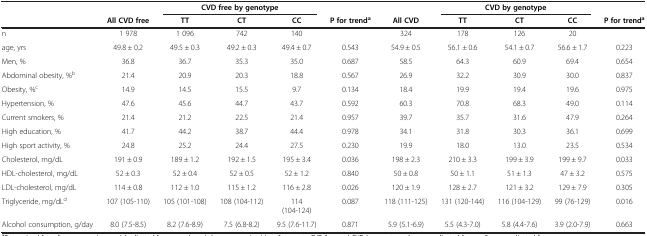
<table><thead><tr><td><b> </b></td><td><b> </b></td><td colspan="3"><b>CVD free by genotype</b></td><td><b> </b></td><td><b> </b></td><td colspan="3"><b>CVD by genotype</b></td><td><b> </b></td></tr><tr><td><b> </b></td><td><b>All CVD free</b></td><td><b>TT</b></td><td><b>CT</b></td><td><b>CC</b></td><td><b>P for trend<sup>a</sup></b></td><td><b>All CVD</b></td><td><b>TT</b></td><td><b>CT</b></td><td><b>CC</b></td><td><b>P for trend<sup>a</sup></b></td></tr></thead><tbody><tr><td>n</td><td>1 978</td><td>1 096</td><td>742</td><td>140</td><td> </td><td>324</td><td>178</td><td>126</td><td>20</td><td> </td></tr><tr><td>age, yrs</td><td>49.8 ± 0.2</td><td>49.5 ± 0.3</td><td>49.2 ± 0.3</td><td>49.4 ± 0.7</td><td>0.543</td><td>54.9 ± 0.5</td><td>56.1 ± 0.6</td><td>54.1 ± 0.7</td><td>56.6 ± 1.7</td><td>0.223</td></tr><tr><td>Men, %</td><td>36.8</td><td>36.7</td><td>35.3</td><td>35.0</td><td>0.687</td><td>58.5</td><td>64.3</td><td>60.9</td><td>69.4</td><td>0.654</td></tr><tr><td>Abdominal obesity, %<sup>b</sup></td><td>21.4</td><td>20.9</td><td>20.3</td><td>18.8</td><td>0.567</td><td>26.9</td><td>32.2</td><td>30.9</td><td>30.0</td><td>0.837</td></tr><tr><td>Obesity, %<sup>c</sup></td><td>14.9</td><td>14.5</td><td>15.5</td><td>9.7</td><td>0.134</td><td>18.4</td><td>19.9</td><td>19.4</td><td>19.6</td><td>0.975</td></tr><tr><td>Hypertension, %</td><td>47.6</td><td>45.6</td><td>44.7</td><td>43.7</td><td>0.592</td><td>60.3</td><td>70.8</td><td>68.3</td><td>49.0</td><td>0.114</td></tr><tr><td>Current smokers, %</td><td>21.4</td><td>21.2</td><td>22.5</td><td>21.4</td><td>0.957</td><td>39.7</td><td>35.7</td><td>31.6</td><td>47.9</td><td>0.264</td></tr><tr><td>High education, %</td><td>41.7</td><td>44.2</td><td>38.7</td><td>44.4</td><td>0.978</td><td>34.1</td><td>31.8</td><td>30.3</td><td>36.1</td><td>0.699</td></tr><tr><td>High sport activity, %</td><td>24.8</td><td>25.2</td><td>24.4</td><td>27.5</td><td>0.230</td><td>19.9</td><td>18.0</td><td>13.0</td><td>23.5</td><td>0.534</td></tr><tr><td>Cholesterol, mg/dL</td><td>191 ± 0.9</td><td>189 ± 1.2</td><td>192 ± 1.5</td><td>195 ± 3.4</td><td>0.036</td><td>198 ± 2.3</td><td>210 ± 3.3</td><td>199 ± 3.9</td><td>199 ± 9.7</td><td>0.033</td></tr><tr><td>HDL-cholesterol, mg/dL</td><td>52 ± 0.3</td><td>52 ± 0.4</td><td>52 ± 0.5</td><td>52 ± 1.2</td><td>0.840</td><td>50 ± 0.8</td><td>50 ± 1.1</td><td>51 ± 1.3</td><td>47 ± 3.2</td><td>0.575</td></tr><tr><td>LDL-cholesterol, mg/dL</td><td>114 ± 0.8</td><td>112 ± 1.0</td><td>115 ± 1.2</td><td>116 ± 2.8</td><td>0.026</td><td>120 ± 1.9</td><td>128 ± 2.7</td><td>121 ± 3.2</td><td>129 ± 7.9</td><td>0.305</td></tr><tr><td>Triglyceride, mg/dL<sup>d</sup></td><td>107 (105-110)</td><td>105 (101-108)</td><td>108 (104-112)</td><td>114 (104-124)</td><td>0.087</td><td>118 (111-125)</td><td>131 (120-144)</td><td>116 (104-129)</td><td>99 (76-129)</td><td>0.016</td></tr><tr><td>Alcohol consumption, g/day</td><td>8.0 (7.5-8.5)</td><td>8.2 (7.6-8.9)</td><td>7.5 (6.8-8.2)</td><td>9.5 (7.6-11.7)</td><td>0.871</td><td>5.9 (5.1-6.9)</td><td>5.5 (4.3-7.0)</td><td>5.8 (4.4-7.6)</td><td>3.9 (2.0-7.9)</td><td>0.663</td></tr></tbody></table>